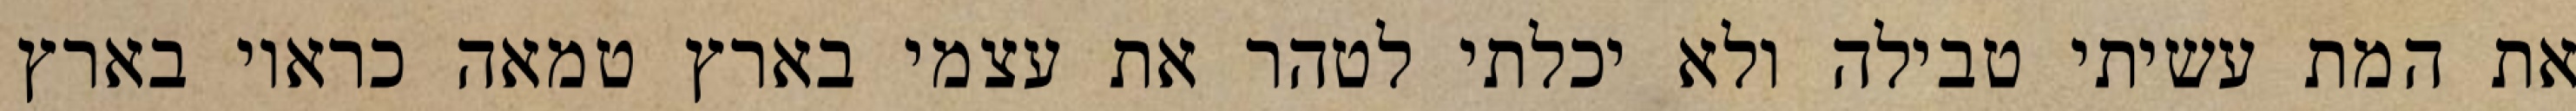
את המת עשיתי טבילה ולא יכלתי לטהר את עצמי בארץ טמאה כראוי בארץ